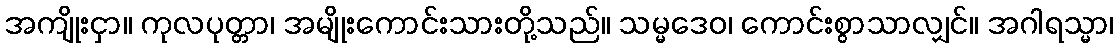
အကျိုးငှာ။ ကုလပုတ္တာ၊ အမျိုးကောင်းသားတို့သည်။ သမ္မဒေဝ၊ ကောင်းစွာသာလျှင်။ အဂါရသ္မာ၊